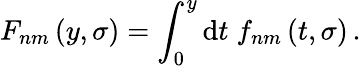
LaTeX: F_{nm}\left(y,\sigma\right)=\int_{0}^{y}\mathrm{d}t\; f_{nm}\left(t,\sigma\right)\, .